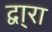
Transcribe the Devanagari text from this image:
द्वा्रा